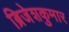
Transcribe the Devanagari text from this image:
ब्रिजेशकुमार